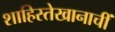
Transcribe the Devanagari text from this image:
शाहिस्तेखानाचीं